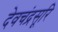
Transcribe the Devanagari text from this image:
देवचंद्रसूरि